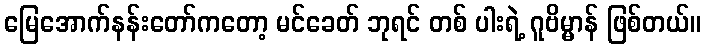
မြေအောက်နန်းတော်ကတော့ မင်ခေတ် ဘုရင် တစ် ပါးရဲ့ ဂူဗိမ္မာန် ဖြစ်တယ်။